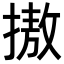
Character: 𢳆